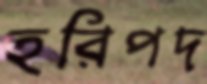
হরিপদ